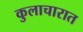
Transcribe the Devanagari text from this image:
कुलाचारात